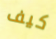
كيف